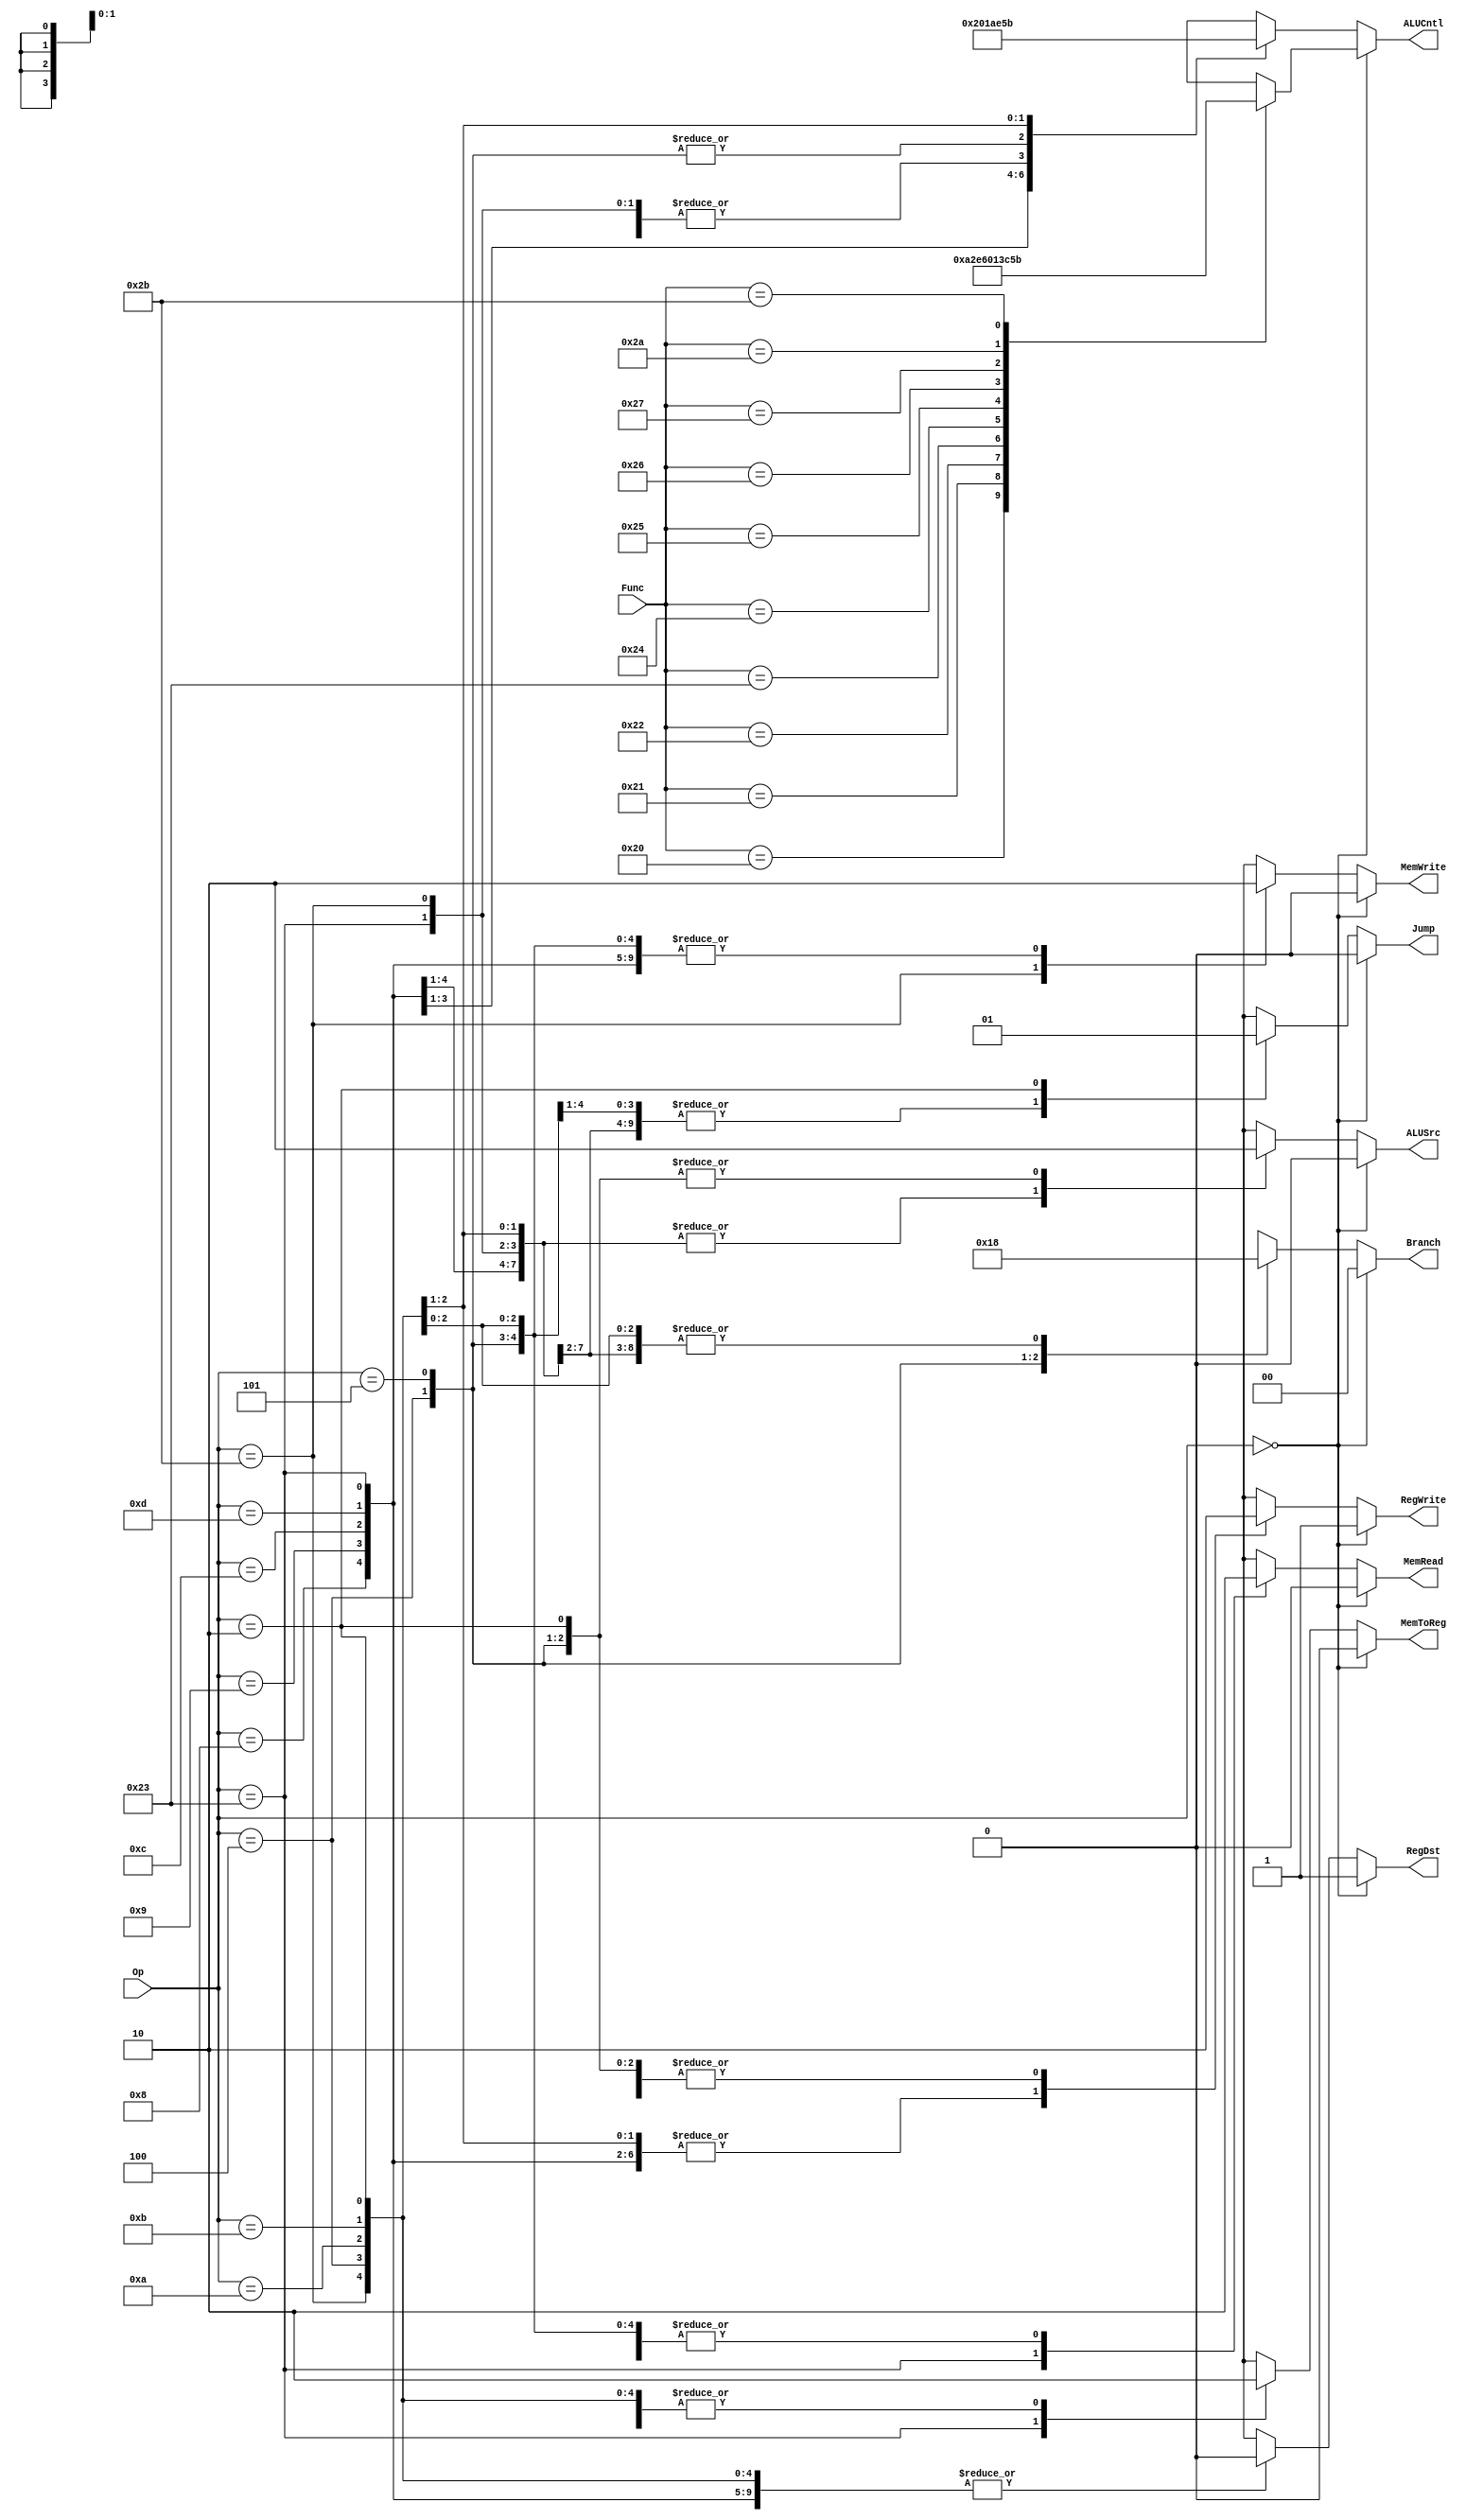
`timescale 1ns / 1ps
//////////////////////////////////////////////////////////////////////////////////
// Company:
// Engineer:
//
// Design Name:
// Module Name: CNTL
// Project Name:
// Target Devices:
// Tool Versions:
// Description:
//
// Dependencies:
//
// Revision:
// Revision 0.01 - File Created
// Additional Comments:
//
//////////////////////////////////////////////////////////////////////////////////


module CNTL(
    input [5:0] Op, Func,
    output reg RegWrite,
    output reg [3:0] ALUCntl,
    output reg RegDst,
    output reg [1:0] Branch,
    output reg MemRead,
    output reg MemWrite,
    output reg MemToReg,
    output reg ALUSrc,
    output reg Jump
);

    always@(*) begin
        if(Op == 6'b0) begin
            RegWrite = 1'b1;
            RegDst = 1'b1;
            Branch = 2'b00;
            MemRead = 1'b0;
            MemWrite = 1'b0;
            MemToReg = 1'b0;
            ALUSrc = 1'b0;
            Jump = 1'b0;
            case(Func)
                6'h20: ALUCntl = 4'b1010; // Add Signed
                6'h21: ALUCntl = 4'b0010; // Add Unsigned
                6'h22: ALUCntl = 4'b1110; // Subtract Signed
                6'h23: ALUCntl = 4'b0110; // Subtract Unsigned
                6'h24: ALUCntl = 4'b0000; // AND gate
                6'h25: ALUCntl = 4'b0001; // OR gate
                6'h26: ALUCntl = 4'b0011; // XOR gate
                6'h27: ALUCntl = 4'b1100; // NOR gate
                6'h2A: ALUCntl = 4'b0101; // Set Less Than Signed
                6'h2B: ALUCntl = 4'b1011; // Set Less Than Unsigned
                default: ALUCntl = 4'bxxxx; // Default
            endcase
        end
        else begin
            case(Op)
                6'h08: begin // addi
                    RegWrite = 1'b1;
                    RegDst = 1'b0;
                    Branch = 2'b00;
                    MemRead = 1'b0;
                    MemToReg = 1'b0;
                    MemWrite = 1'b0;
                    ALUSrc = 1'b1;
                    ALUCntl = 4'b1010;
                    Jump = 1'b0;
                end

                6'h09: begin // addiu
                    RegWrite = 1'b1;
                    RegDst = 1'b0;
                    Branch = 2'b00;
                    MemRead = 1'b0;
                    MemToReg = 1'b0;
                    MemWrite = 1'b0;
                    ALUSrc = 1'b1;
                    ALUCntl = 4'b0010;
                    Jump = 1'b0;
                end

                6'h0C: begin // andi
                    RegWrite = 1'b1;
                    RegDst = 1'b0;
                    Branch = 2'b00;
                    MemRead = 1'b0;
                    MemToReg = 1'b0;
                    MemWrite = 1'b0;
                    ALUSrc = 1'b1;
                    ALUCntl = 4'b0000;
                    Jump = 1'b0;
                end

                6'h0D: begin //ori
                    RegWrite = 1'b1;
                    RegDst = 1'b0;
                    Branch = 2'b00;
                    MemRead = 1'b0;
                    MemToReg = 1'b0;
                    MemWrite = 1'b0;
                    ALUSrc = 1'b1;
                    ALUCntl = 4'b0001;
                    Jump = 1'b0;
                end

                6'h23: begin // lw
                    RegWrite = 1'b1;
                    RegDst = 1'b0;
                    Branch = 2'b00;
                    MemRead = 1'b1;
                    MemToReg = 1'b1;
                    MemWrite = 1'b0;
                    ALUSrc = 1'b1;
                    ALUCntl = 4'b1010;
                    Jump = 1'b0;
                end

                6'h2B:begin // sw
                    RegWrite = 1'b0;
                    RegDst = 1'b0;
                    Branch = 2'b00;
                    MemRead = 1'b0;
                    MemToReg = 1'b0;
                    MemWrite = 1'b1;
                    ALUSrc = 1'b1;
                    ALUCntl = 4'b1010;
                    Jump = 1'b0;
                end

                6'h04: begin //beq
                    RegWrite = 1'b0;
                    RegDst = 1'b0;
                    Branch = 2'b01;
                    MemRead = 1'b0;
                    MemToReg = 1'b0;
                    MemWrite = 1'b0;
                    ALUSrc = 1'b0;
                    ALUCntl = 4'b1110;
                    Jump = 1'b0;
                end

                6'h05: begin //bne
                    RegWrite = 1'b0;
                    RegDst = 1'bx;
                    Branch = 2'b10;
                    MemRead = 1'b0;
                    MemToReg = 1'bx;
                    MemWrite = 1'b0;
                    ALUSrc = 1'b0;
                    ALUCntl = 4'b1110;
                    Jump = 1'b0;
                end

                6'h0A: begin // slti
                    RegWrite = 1'b1;
                    RegDst = 1'b0;
                    Branch = 2'b00;
                    MemRead = 1'b0;
                    MemToReg = 1'b0;
                    MemWrite = 1'b0;
                    ALUSrc = 1'b1;
                    ALUCntl = 4'b0101;
                    Jump = 1'b0;
                end

                6'h0B: begin // sltiu
                    RegWrite = 1'b1;
                    RegDst = 1'b0;
                    Branch = 2'b00;
                    MemRead = 1'b0;
                    MemToReg = 1'b0;
                    MemWrite = 1'b0;
                    ALUSrc = 1'b1;
                    ALUCntl = 4'b1011;
                    Jump = 1'b0;
                end
                
                6'h02: begin // unconditional jump
                    RegWrite = 1'b0;
                    RegDst = 1'b0;
                    Branch = 2'b00;
                    MemRead = 1'b0;
                    MemToReg = 1'b0;
                    MemWrite = 1'b0;
                    ALUSrc = 1'b0;
                    ALUCntl = 4'bxxxx;
                    Jump = 1'b1;
                end

                default: begin
                    RegWrite = 1'bx;
                    RegDst = 1'bx;
                    Branch = 2'bxx;
                    MemRead = 1'bx;
                    MemToReg = 1'bx;
                    MemWrite = 1'bx;
                    ALUSrc = 1'bx;
                    ALUCntl = 4'bxxxx;
                    Jump = 1'bx;
                end
            endcase
        end
    end
endmodule